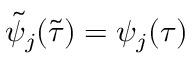
\tilde { \psi } _ { j } ( \tilde { \tau } ) = \psi _ { j } ( \tau )